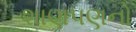
શાણપણનો